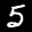
Label: 5